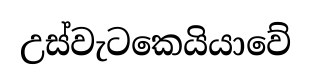
උස්වැටකෙයියාවේ